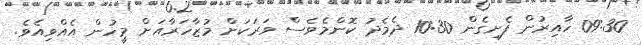
09:30 ހާއިރުން ފެށިގެން 10:30 ދެމެދު ކޮންމެވެސް ވަރަކަށް މުޒާހަރާއަށް މީހުން އެއްވިއެވެ.